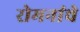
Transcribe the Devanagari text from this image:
रोमनांचे